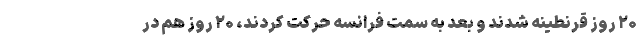
۲۰ روز قرنطینه شدند و بعد به ‌سمت فرانسه حرکت کردند، ۲۰ روز هم در